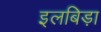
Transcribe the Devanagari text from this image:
इलबिड़ा